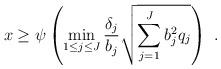
LaTeX: \begin{align*}x \ge \psi \left( {\mathop {\min }\limits_{1 \le j \le J} \frac{{{\delta _j}}}{{{b_j}}}\sqrt {\sum\limits_{j = 1}^J {b_j^2{q_j}} } } \right) \ .\end{align*}